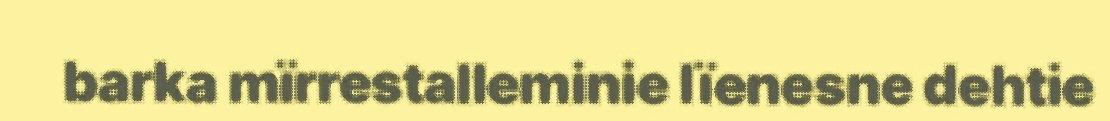
barka mïrrestalleminie lïenesne dehtie